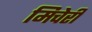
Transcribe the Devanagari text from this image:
मिचेरी